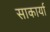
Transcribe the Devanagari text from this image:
साकार्या